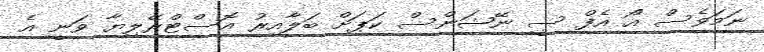
ނަމަވެސް އޯ އެފް ސީ ނޭޝަންސް ކަޕަށް ބަލާއިރު އޮސްޓްރޭލިޔާ ވަނީ އެ